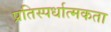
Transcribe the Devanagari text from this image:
प्रतिस्‍पर्धात्‍मकता